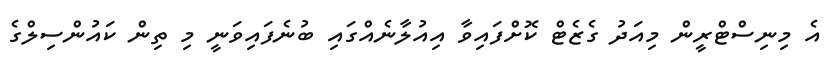
އެ މިނިސްޓްރީން މިއަދު ގެޒެޓް ކޮށްފައިވާ އިއުލާނެއްގައި ބުނެފައިވަނީ މި ތިން ކައުންސިލްގެ